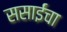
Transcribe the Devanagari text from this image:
ससाईंचा